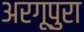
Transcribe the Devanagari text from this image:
अरगूपुरा